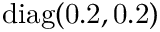
\mathrm { d i a g ( 0 . 2 , 0 . 2 ) }